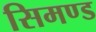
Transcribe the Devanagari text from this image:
सिमण्ड